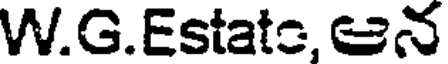
W.G.Estate, ఆన